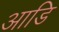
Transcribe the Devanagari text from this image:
आडि